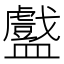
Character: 𬑁